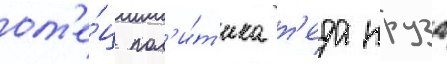
от'е́ц пол'и́т'ика т'еда круза